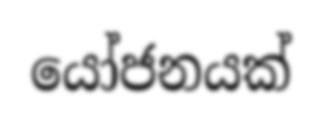
යෝජනයක්